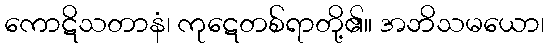
ကောဋိသတာနံ၊ ကုဋေတစ်ရာတို့၏။ အဘိသမယော၊